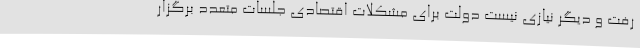
رفت و دیگر نیازی نیست دولت برای مشکلات اقتصادی جلسات متعدد برگزار